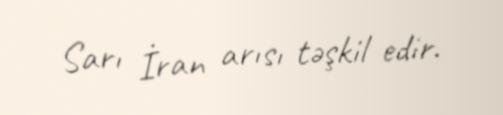
Sarı İran arısı təşkil edir.